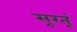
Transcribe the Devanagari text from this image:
सूरतूं